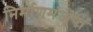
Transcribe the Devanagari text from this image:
निर्माणमंजूषा